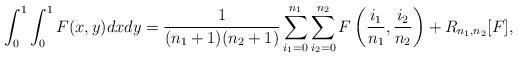
LaTeX: \begin{align*}\displaystyle\int_{0}^1\int_{0}^1F(x,y)dxdy=\displaystyle\frac{1}{(n_1+1)(n_2+1)}\sum_{i_1=0}^{n_1}\sum_{i_2=0}^{n_2}F\left(\frac{i_1}{n_1},\frac{i_2}{n_2}\right)+R_{n_1,n_2}[F],\end{align*}